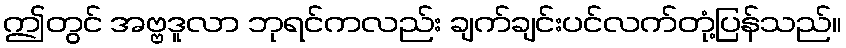
ဤတွင် အဗ္ဗဒူလာ ဘုရင်ကလည်း ချက်ချင်းပင်လက်တုံ့ပြန်သည်။